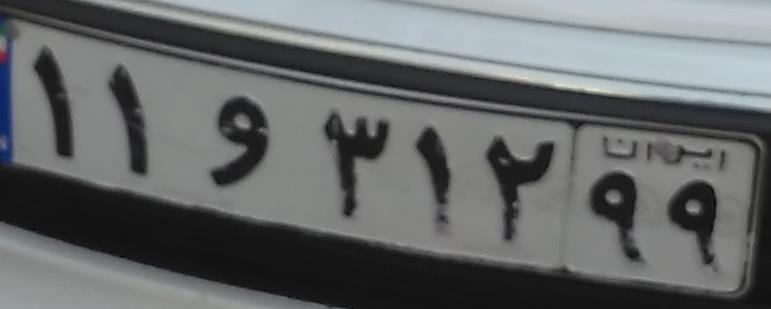
۱۱و۳۱۲۹۹